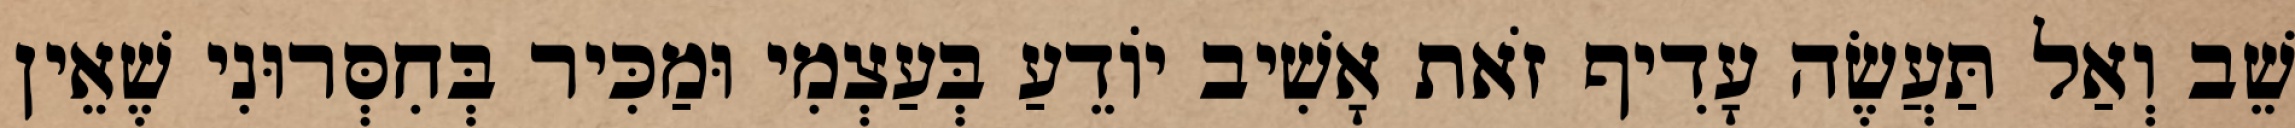
שֵׁב וְאַל תַּעֲשֶׂה עָדִיף זֹאת אָשִׁיב יוֹדֵעַ בְּעַצְמִי וּמַכִּיר בְּחִסְּרוּנִי שֶׁאֵין